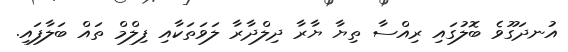
އުނދަގޫވެ ބޮލުގައި ރިއްސާ ތިޔާ ޔާރާ ދިލްދާރާ ލަވަތަކާއި ފިލްމް ތައް ބަލާފައި.